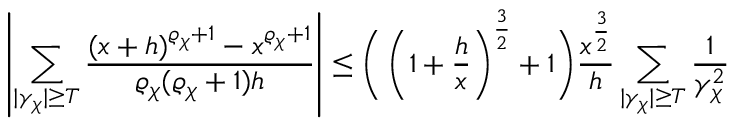
\left| \sum _ { | \gamma _ { \chi } | \geq T } \frac { ( x + h ) ^ { \varrho _ { \chi } + 1 } - x ^ { \varrho _ { \chi } + 1 } } { \varrho _ { \chi } ( \varrho _ { \chi } + 1 ) h } \right| \leq \bigg ( \left( 1 + \frac { h } { x } \right) ^ { \frac { 3 } { 2 } } + 1 \bigg ) \frac { x ^ { \frac { 3 } { 2 } } } { h } \sum _ { | \gamma _ { \chi } | \geq T } \frac { 1 } { \gamma _ { \chi } ^ { 2 } }